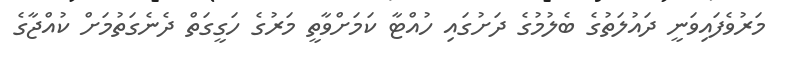
މަރުވެފައިވަނީ ދައުލަތުގެ ބެލުމުގެ ދަށުގައި ހުއްޓާ ކަމަށްވާތީ މަރުގެ ހަގީގަތް ދެނެގަތުމަށް ކުއްޖާގެ